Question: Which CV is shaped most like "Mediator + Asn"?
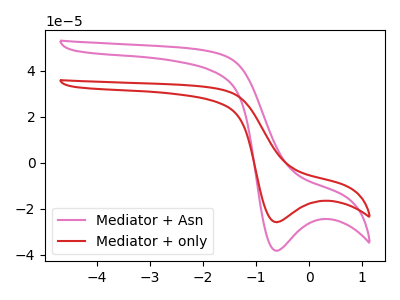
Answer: <think>The pink curve "Mediator + Asn" has a cathodic peak at: (-0.60V, -38.30uA). The red curve "Mediator + only" has a cathodic peak at: (-0.60V, -25.90uA).
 All the peaks in "Mediator + Asn" have a peak in "Mediator + only" at the same potential. Every peak in "Mediator + Asn" is higher than every peak in "Mediator + only".</think>
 <answer>The CV with the most similar shape to "Mediator + only" is "Mediator + Asn".</answer>
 <eval>"Mediator + Asn"</eval>